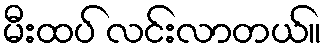
မီးထပ် လင်းလာတယ်။